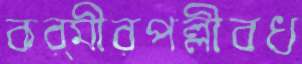
কর্মীরপল্লীবধ